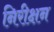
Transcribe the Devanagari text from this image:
निरीक्षन